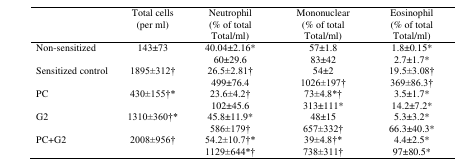
|  | Total cells (per ml) | Neutrophil (% of total Total/ml) | Mononuclear(% of total Total/ml) | Eosinophil(% of total Total/ml) |
 | --- | --- | --- | --- | --- |
 | Non-sensitized | 143±73 | 40.04±2.16*60±29.6 | 57±1.883±42 | 1.8±0.15*2.7±1.7* |
 | Sensitized control | 1895±312† | 26.5±2.81†499±76.4 | 54±21026±197† | 19.5±3.08†369±86.3† |
 | PC | 430±155†* | 23.6±4.2†102±45.6 | 73±4.8*†313±111* | 3.5±1.7*14.2±7.2* |
 | G2 | 1310±360†* | 45.8±11.9*586±179† | 48±15657±332† | 5.3±3.2*66.3±40.3* |
 | PC+G2 | 2008±956† | 54.2±10.7†*1129±644*† | 39±4.8†*738±311† | 4.4±2.5*97±80.5* |